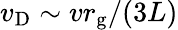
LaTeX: v_{\mathrm{D}}\sim vr_{\mathrm{g}}/(3L)